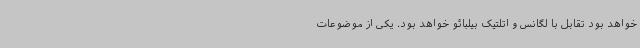
خواهد بود تقابل با لگانس و اتلتیک بیلبائو خواهد بود. یکی از موضوعات